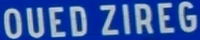
OUEDZIREG